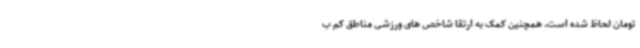
تومان لحاظ شده است. همچنین کمک به ارتقا شاخص های ورزشی مناطق کم ب